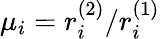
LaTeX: \mu_{i}=r_{i}^{(2)}/r_{i}^{(1)}